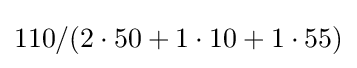
110/(2\cdot 50+1\cdot 10+1\cdot 55)